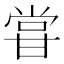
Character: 甞